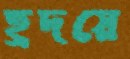
হ্রদয়ে